Annual report of the Punjab Veterinary College and of the Civil Veterinary Department, Punjab - 1920-1925
Year: 1920
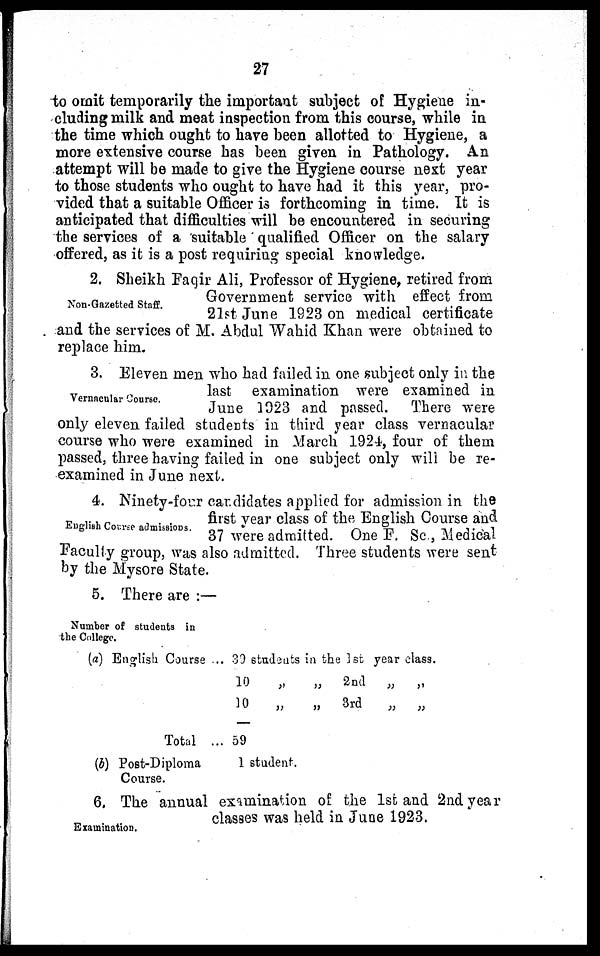
27
to omit temporarily the important subject of Hygiene in-
cluding milk and meat inspection from this course, while in
the time which ought to have been allotted to Hygiene, a
more extensive course has been given in Pathology. An
attempt will be made to give the Hygiene course nest year
to those students who ought to have had it this year, pro-
vided that a suitable Officer is forthcoming in time. It is
anticipated that difficulties will be encountered in securing
the services of a suitable qualified Officer on the salary
offered, as it is a post requiring special knowledge.
Non-Gazetted Staff.
2. Sheikh Faqir Ali, Professor of Hygiene, retired from
Government service with effect from
21st June 1923 on medical certificate
and the services of M. Abdul Wahid Khan were obtained to
replace him.
Vernacular Course.
3. Eleven men who had failed in one subject only in the
last examination were examined in
June 1023 and passed. There were
only eleven failed students in third year class vernacular
course who were examined in March 1924, four of them
passed, three having failed in one subject only will be re-
examined in June next.
English Course admissions.
4. Ninety-four candidates applied for admission in the
first year class of the English Course and
37 were admitted. One F. Sc., Medical
Faculty group, was also admitted. Three students were sent
by the Mysore State.
Number of students in
the College.
5. There are :—
(a) English Course ...
Total ...
(b) Post-Diploma
Course.
39 students in the 1st year class.
10
„
„
2nd „ „
10
„
„
3rd
„
„
59
1 student.
Examination.
6. The annual examination of the 1st and 2nd year
classes was held in June 1923.